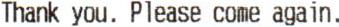
THANK YOU. PLEASE COME AGAIN.